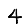
Digit: 4